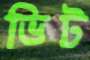
ভিট